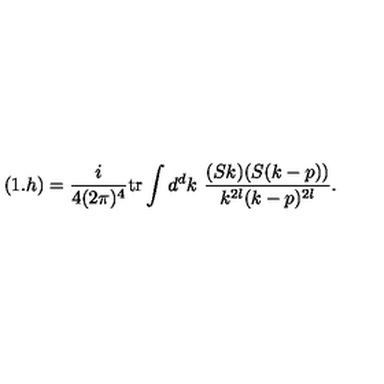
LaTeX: ( 1 . h ) = \frac { i } { 4 ( 2 \pi ) ^ { 4 } } \mathrm { t r } \int d ^ { d } k \ \frac { ( S k ) ( S ( k - p ) ) } { k ^ { 2 l } ( k - p ) ^ { 2 l } } .